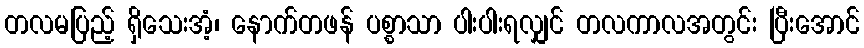
တလမပြည့် ရှိသေးအံ့၊ နောက်တဖန် ပစ္စာသာ ပါးပါးရလျှင် တလကာလအတွင်း ပြီးအောင်